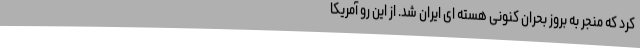
کرد که منجر به بروز بحران کنونی هسته ای ایران شد. از این رو آمریکا